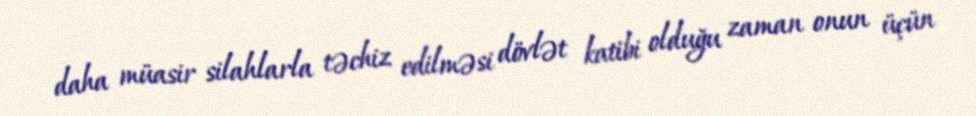
daha müasir silahlarla təchiz edilməsi dövlət katibi olduğu zaman onun üçün